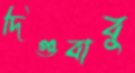
দিগুবাবু